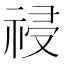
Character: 祲